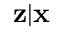
\mathbf { z } | \mathbf { x }